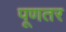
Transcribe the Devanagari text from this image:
पूणतर